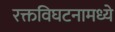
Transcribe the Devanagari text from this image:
रक्तविघटनामध्ये